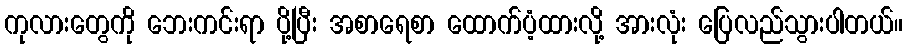
ကုလားတွေကို ဘေးကင်းရာ ပို့ပြီး အစာရေစာ ထောက်ပံ့ထားလို့ အားလုံး ပြေလည်သွားပါတယ်။